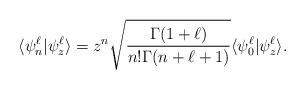
LaTeX: \begin{align*} \langle \psi_n^{\ell}|\psi_z^\ell\rangle=z^n\sqrt{\frac{\Gamma(1+\ell)}{n!\Gamma(n+\ell+1)}}\langle \psi_0^{\ell}|\psi_z^\ell\rangle.\end{align*}